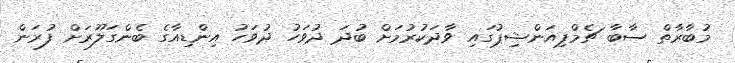
މުބާރާތް ސާބާ ޗެމްޕިއަންޝިޕުގައި ވާދަކުރުމަށް ބުދަ ދުވަހު ދުވަހު އިންޑިއާގެ ބެންގަލޫރަށް ފުރަން